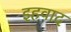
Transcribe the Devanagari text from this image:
इहवाद